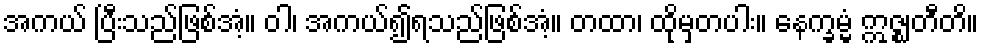
အကယ် ပြီးသည်ဖြစ်အံ့။ ဝါ၊ အကယ်၍ရသည်ဖြစ်အံ့။ တထာ၊ ထိုမှတပါး။ နေက္ခမ္မံ ဣဇ္ဈတီတိ။